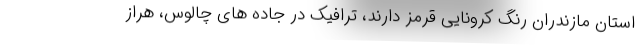
استان مازندران رنگ کرونایی قرمز دارند، ترافیک در جاده های چالوس، هراز